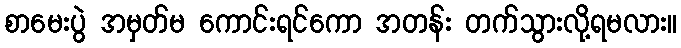
စာမေးပွဲ အမှတ်မ ကောင်းရင်ကော အတန်း တက်သွားလို့ရမလား။